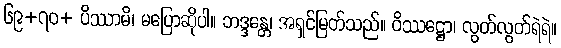
၆၉+၇ဝ+ ပိဿာမိ၊ မပြောဆိုပါ။ ဘဒ္ဒန္တေ၊ အရှင်မြတ်သည်။ ဝိဿဋ္ဌော၊ လွတ်လွတ်ရဲရဲ။